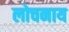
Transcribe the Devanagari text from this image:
लोचनाय